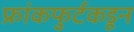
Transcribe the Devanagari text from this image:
फ्रांकफुर्टकडून